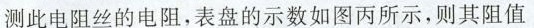
测此电阻丝的电阻，表盘的示数如图丙所示，则其阻值